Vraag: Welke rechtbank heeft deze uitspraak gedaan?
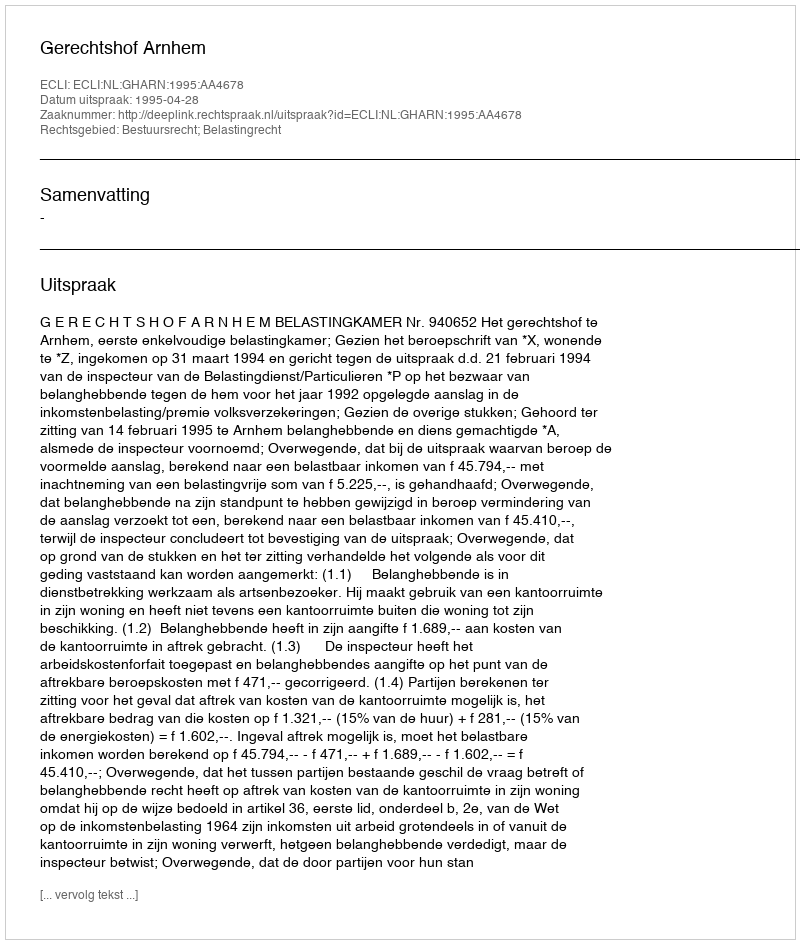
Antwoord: Gerechtshof Arnhem